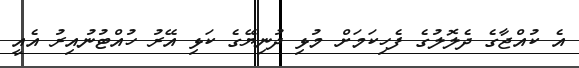
އެ ކުއްޖާގެ ދެލޮލުގެ ފެހިކަމަށް މުޅި ދުނިޔޭގެ ކަޅި އޭރު ހުއްޓުނުއިރު އެއީ